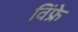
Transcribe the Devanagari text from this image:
विंफ्रे